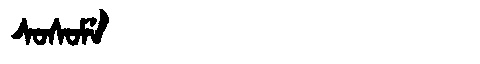
Manchu: ᠰᠣᠰᠣᠮᡝ
Romanization: SOSOME